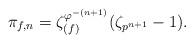
LaTeX: \begin{align*}\pi_{f, n} = \zeta_{(f)}^{\varphi^{-(n+1)}} (\zeta_{p^{n+1}}-1).\end{align*}